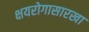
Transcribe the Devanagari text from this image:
क्षयरोगासारखा